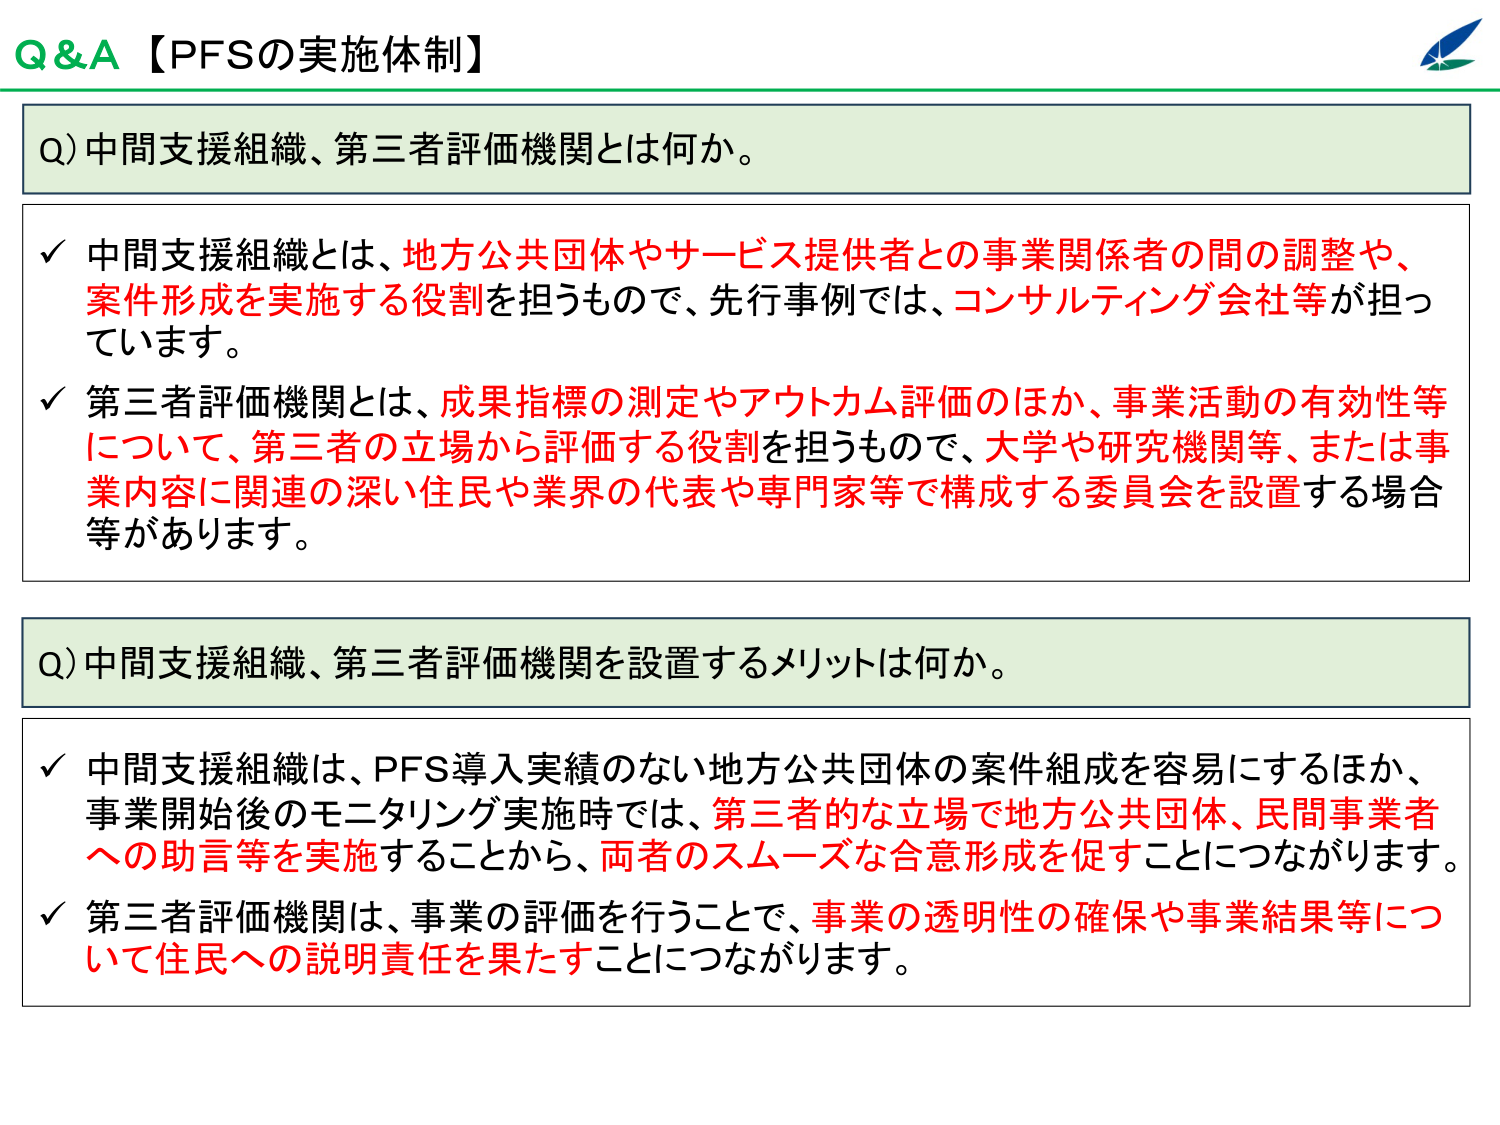
Q&A【PFSの実施体制】

Q) 中間支援組織、第三者評価機関とは何か。

✓ 中間支援組織とは、地方公共団体やサービス提供者との事業関係者の間の調整や、案件形成を実施する役割を担うもので、先行事例では、コンサルティング会社等が担っています。

✓ 第三者評価機関とは、成果指標の測定やアウトカム評価のほか、事業活動の有効性等について、第三者の立場から評価する役割を担うもので、大学や研究機関等、または事業内容に関連の深い住民や業界の代表や専門家等で構成する委員会を設置する場合等があります。

Q) 中間支援組織、第三者評価機関を設置するメリットは何か。

✓ 中間支援組織は、PFS導入実績のない地方公共団体の案件組成を容易にするほか、事業開始後のモニタリング実施時では、第三者的な立場で地方公共団体、民間事業者への助言等を実施することから、両者のスムーズな合意形成を促すことにつながります。

✓ 第三者評価機関は、事業の評価を行うことで、事業の透明性の確保や事業結果等について住民への説明責任を果たすことにつながります。